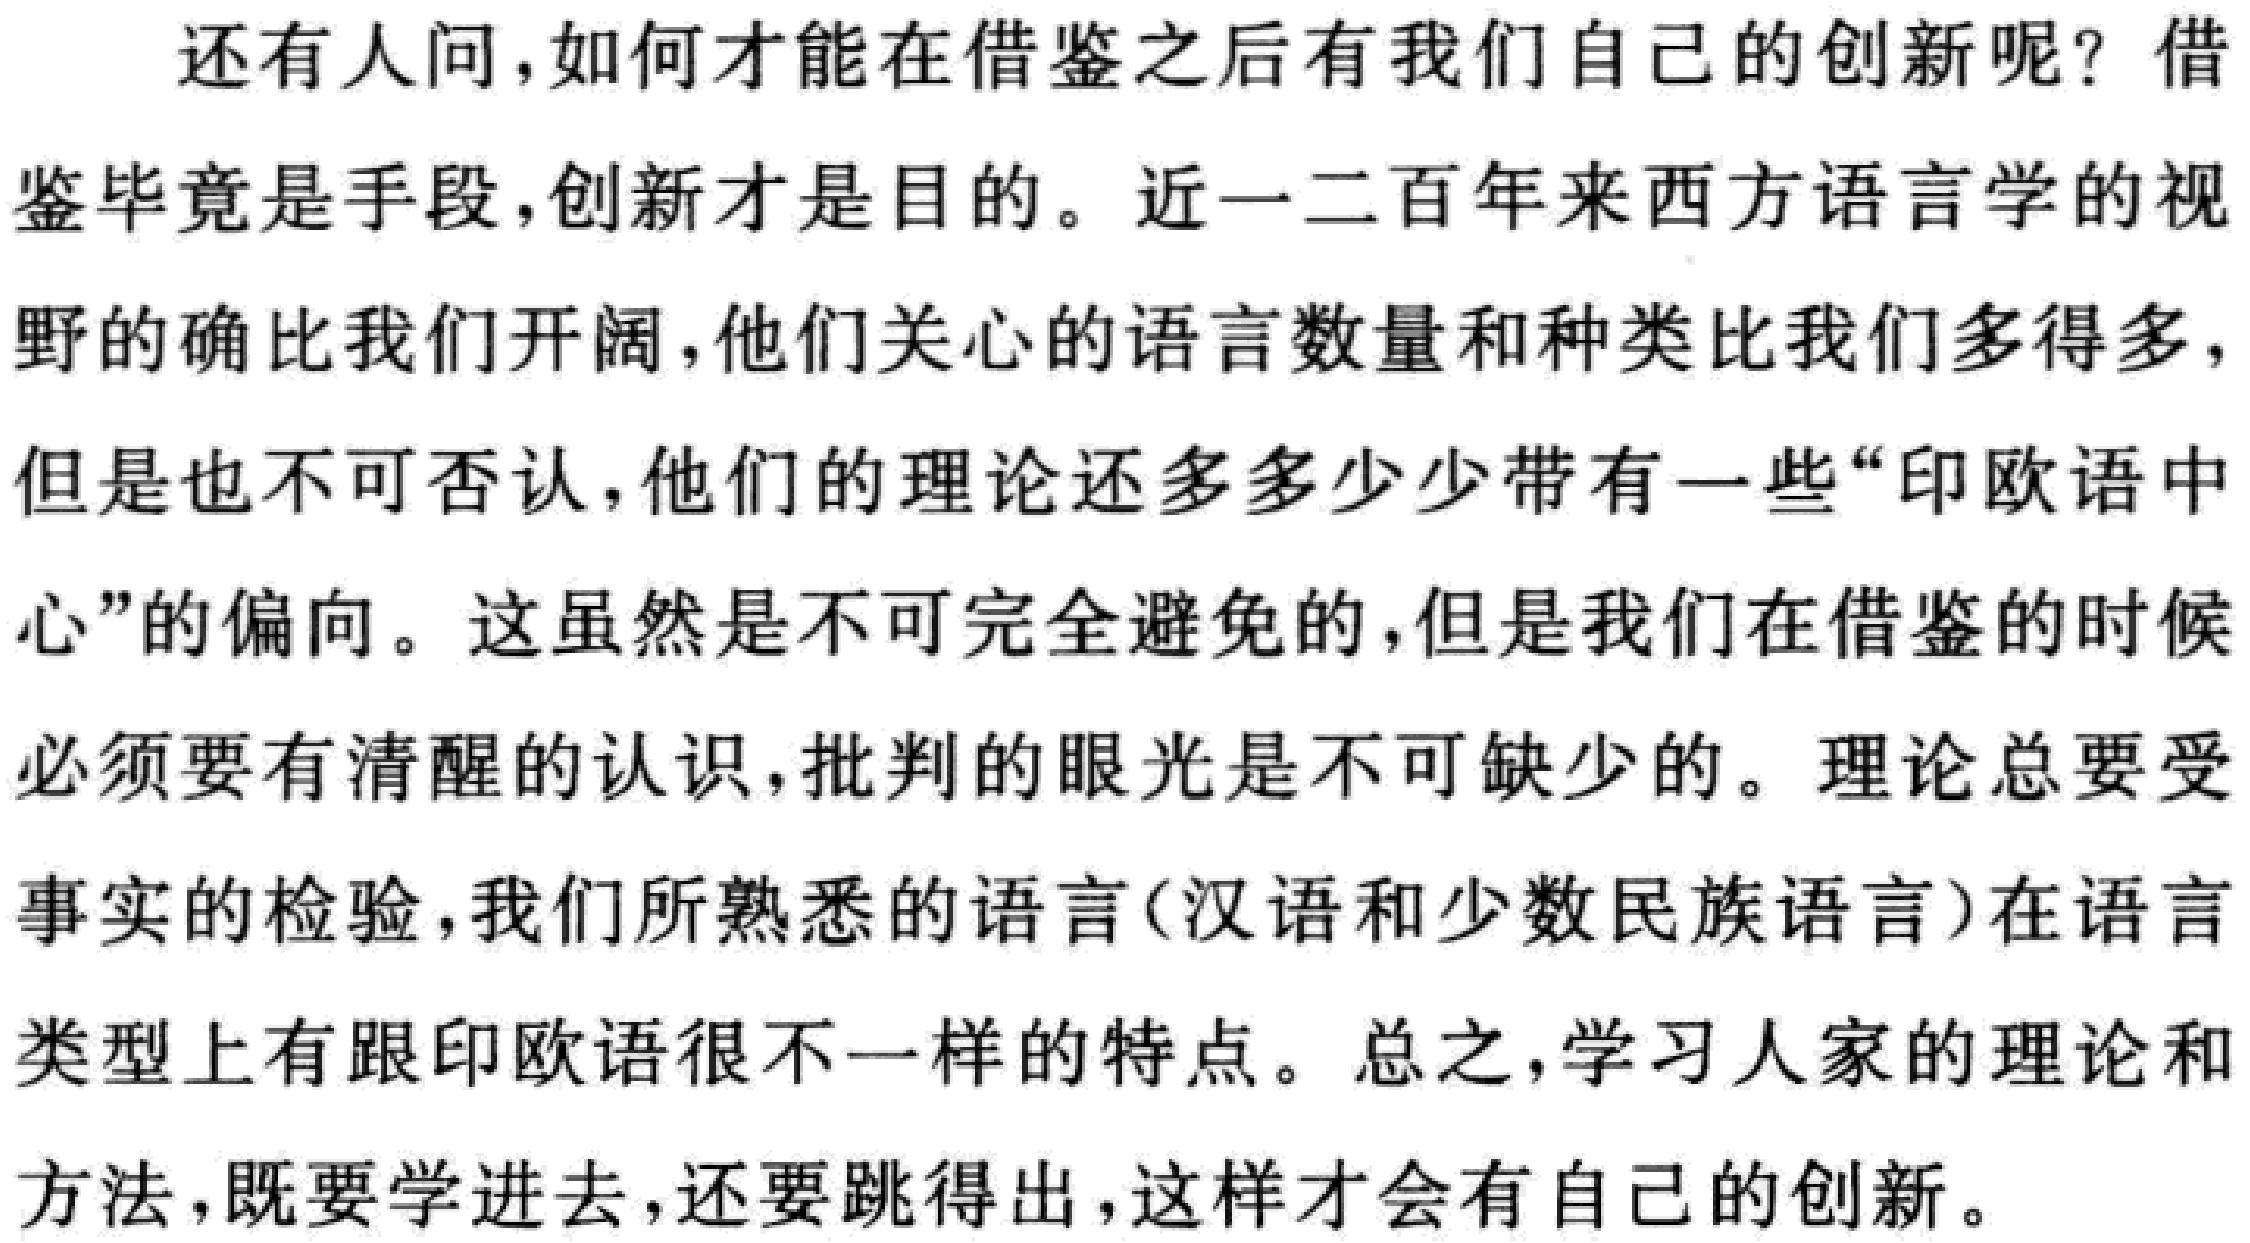
还有人问，如何才能在借鉴之后有我们自己的创新呢？借鉴毕竟是手段，创新才是目的。近一二百年来西方语言学的视野的确比我们开阔，他们关心的语言数量和种类比我们多得多，但是也不可否认，他们的理论还多多少少带有一些“印欧语中心”的偏向。这虽然是不可完全避免的，但是我们在借鉴的时候必须要有清醒的认识，批判的眼光是不可缺少的。理论总要受事实的检验，我们所熟悉的语言(汉语和少数民族语言)在语言类型上有跟印欧语很不一样的特点。总之，学习人家的理论和方法，既要学进去，还要跳得出，这样才会有自己的创新。